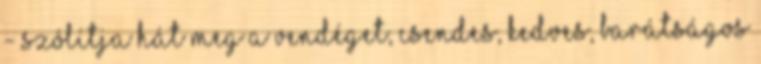
- szólítja hát meg a vendéget, csendes, kedves, barátságos